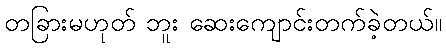
တခြားမဟုတ် ဘူး ဆေးကျောင်းတက်ခဲ့တယ်။